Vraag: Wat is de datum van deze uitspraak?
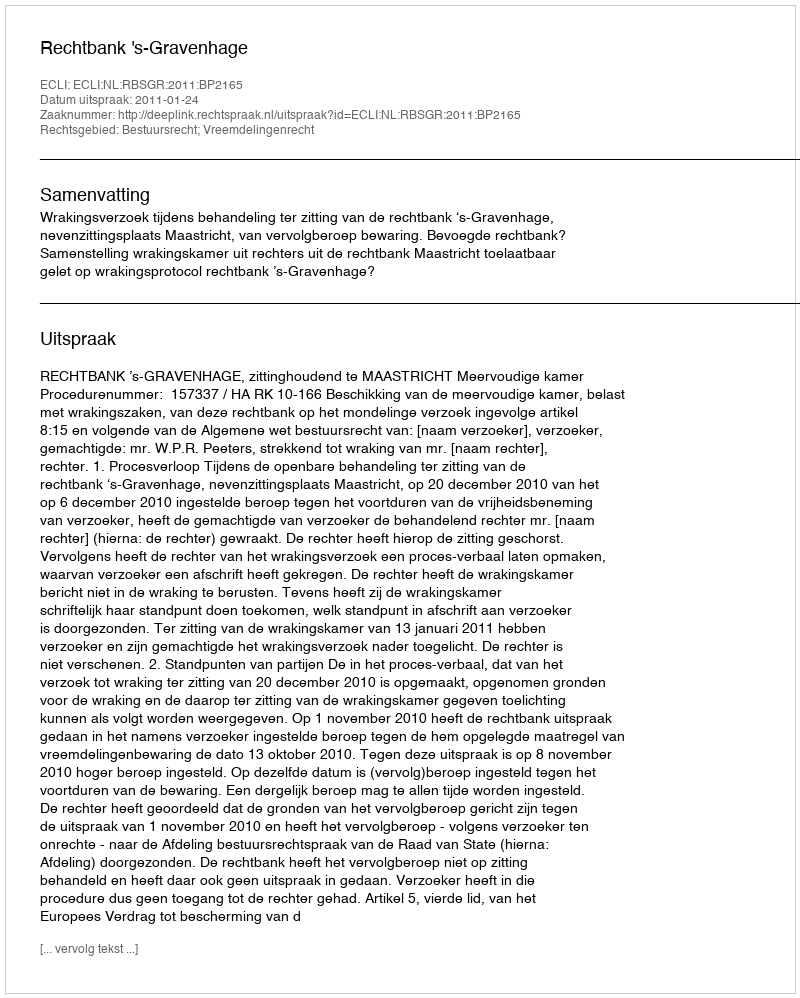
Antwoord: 2011-01-24